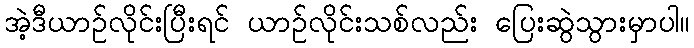
အဲ့ဒီယာဉ်လိုင်းပြီးရင် ယာဉ်လိုင်းသစ်လည်း ပြေးဆွဲသွားမှာပါ။